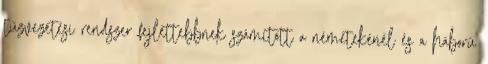
tűzvezetési rendszer fejlettebbnek számított a németekénél és a háború